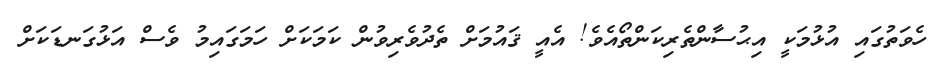
ހެވަތުގައި އުޅުމަކީ އިޙުސާންތެރިކަންތޯއެވެ! އެއީ ޤައުމަށް ތެދުވެރިވުން ކަމަކަށް ހަމަގައިމު ވެސް އަޅުގަނޑަކަށް